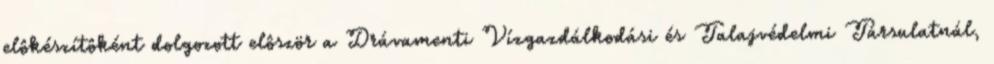
elôkészítôként dolgozott elôször a Drávamenti Vízgazdálkodási és Talajvédelmi Társulatnál,